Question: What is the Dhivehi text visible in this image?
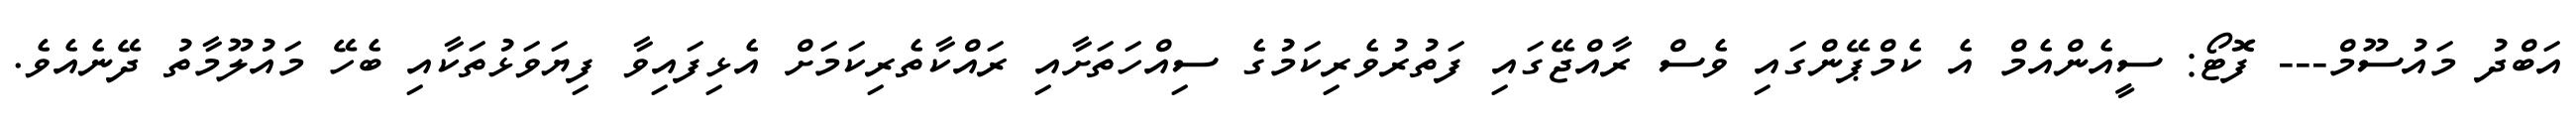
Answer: އަބްދު މައުސޫމް--- ފޮޓޯ: ސީއެންއެމް އެ ކެމްޕޭންގައި ވެސް ރާއްޖޭގައި ފަތުރުވެރިކަމުގެ ސިއްހަތަށާއި ރައްކާތެރިކަމަށް އެޅިފައިވާ ފިޔަވަޅުތަކާއި ބެހޭ މައުލޫމާތު ދޭނެއެވެ.